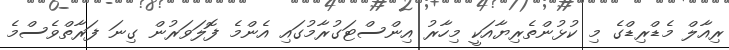
ރިއާލް މެޑްރިޑްގެ މި ކުޅުންތެރިޔާއަކީ މިހާރު އިންސްޓަގުރާމުގައި އެންމެ ފޮލަވަރުން ގިނަ ފަރާތްވެސްމެ